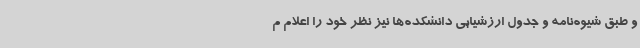
و طبق شیوه‌نامه و جدول ارزشیابی دانشکده‌ها نیز نظر خود را اعلام م